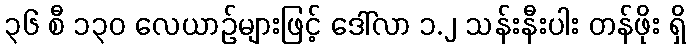
၃၆ စီ ၁၃၀ လေယာဉ်များဖြင့် ဒေါ်လာ ၁.၂ သန်းနီးပါး တန်ဖိုး ရှိ